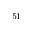
^ { 5 1 }